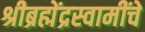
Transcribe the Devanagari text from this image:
श्रीब्रह्मेंद्रस्वामींचे